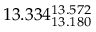
1 3 . 3 3 4 _ { 1 3 . 1 8 0 } ^ { 1 3 . 5 7 2 }